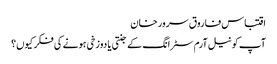
اقتباس فاروق سرور خان
آپ کو نیل آرم سٹرانگ کے جنتی یا دوزخی ہونے کی فکر کیوں؟